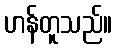
ဟန်တူသည်။